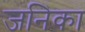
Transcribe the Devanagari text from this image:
जनिका